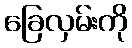
ခြေလှမ်းကို